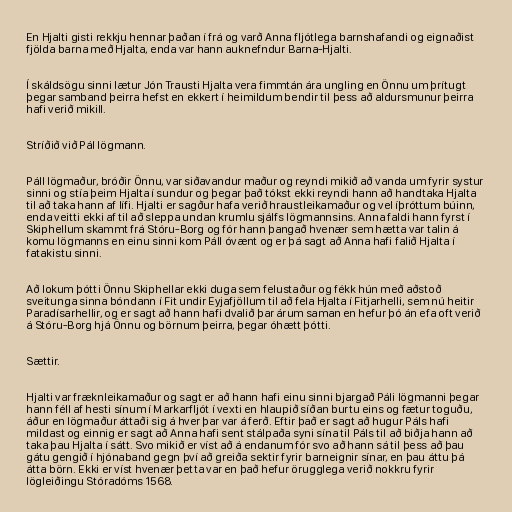
En Hjalti gisti rekkju hennar þaðan í frá og varð Anna fljótlega barnshafandi og eignaðist
fjölda barna með Hjalta, enda var hann auknefndur Barna-Hjalti.

Í skáldsögu sinni lætur Jón Trausti Hjalta vera fimmtán ára ungling en Önnu um þrítugt
þegar samband þeirra hefst en ekkert í heimildum bendir til þess að aldursmunur þeirra
hafi verið mikill.

Stríðið við Pál lögmann.

Páll lögmaður, bróðir Önnu, var siðavandur maður og reyndi mikið að vanda um fyrir systur
sinni og stía þeim Hjalta í sundur og þegar það tókst ekki reyndi hann að handtaka Hjalta
til að taka hann af lífi. Hjalti er sagður hafa verið hraustleikamaður og vel íþróttum búinn,
enda veitti ekki af til að sleppa undan krumlu sjálfs lögmannsins. Anna faldi hann fyrst í
Skiphellum skammt frá Stóru-Borg og fór hann þangað hvenær sem hætta var talin á
komu lögmanns en einu sinni kom Páll óvænt og er þá sagt að Anna hafi falið Hjalta í
fatakistu sinni.

Að lokum þótti Önnu Skiphellar ekki duga sem felustaður og fékk hún með aðstoð
sveitunga sinna bóndann í Fit undir Eyjafjöllum til að fela Hjalta í Fitjarhelli, sem nú heitir
Paradísarhellir, og er sagt að hann hafi dvalið þar árum saman en hefur þó án efa oft verið
á Stóru-Borg hjá Önnu og börnum þeirra, þegar óhætt þótti.

Sættir.

Hjalti var fræknleikamaður og sagt er að hann hafi einu sinni bjargað Páli lögmanni þegar
hann féll af hesti sínum í Markarfljót í vexti en hlaupið síðan burtu eins og fætur toguðu,
áður en lögmaður áttaði sig á hver þar var á ferð. Eftir það er sagt að hugur Páls hafi
mildast og einnig er sagt að Anna hafi sent stálpaða syni sína til Páls til að biðja hann að
taka þau Hjalta í sátt. Svo mikið er víst að á endanum fór svo að hann sá til þess að þau
gátu gengið í hjónaband gegn því að greiða sektir fyrir barneignir sínar, en þau áttu þá
átta börn. Ekki er víst hvenær þetta var en það hefur örugglega verið nokkru fyrir
lögleiðingu Stóradóms 1568.